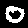
Digit: 0